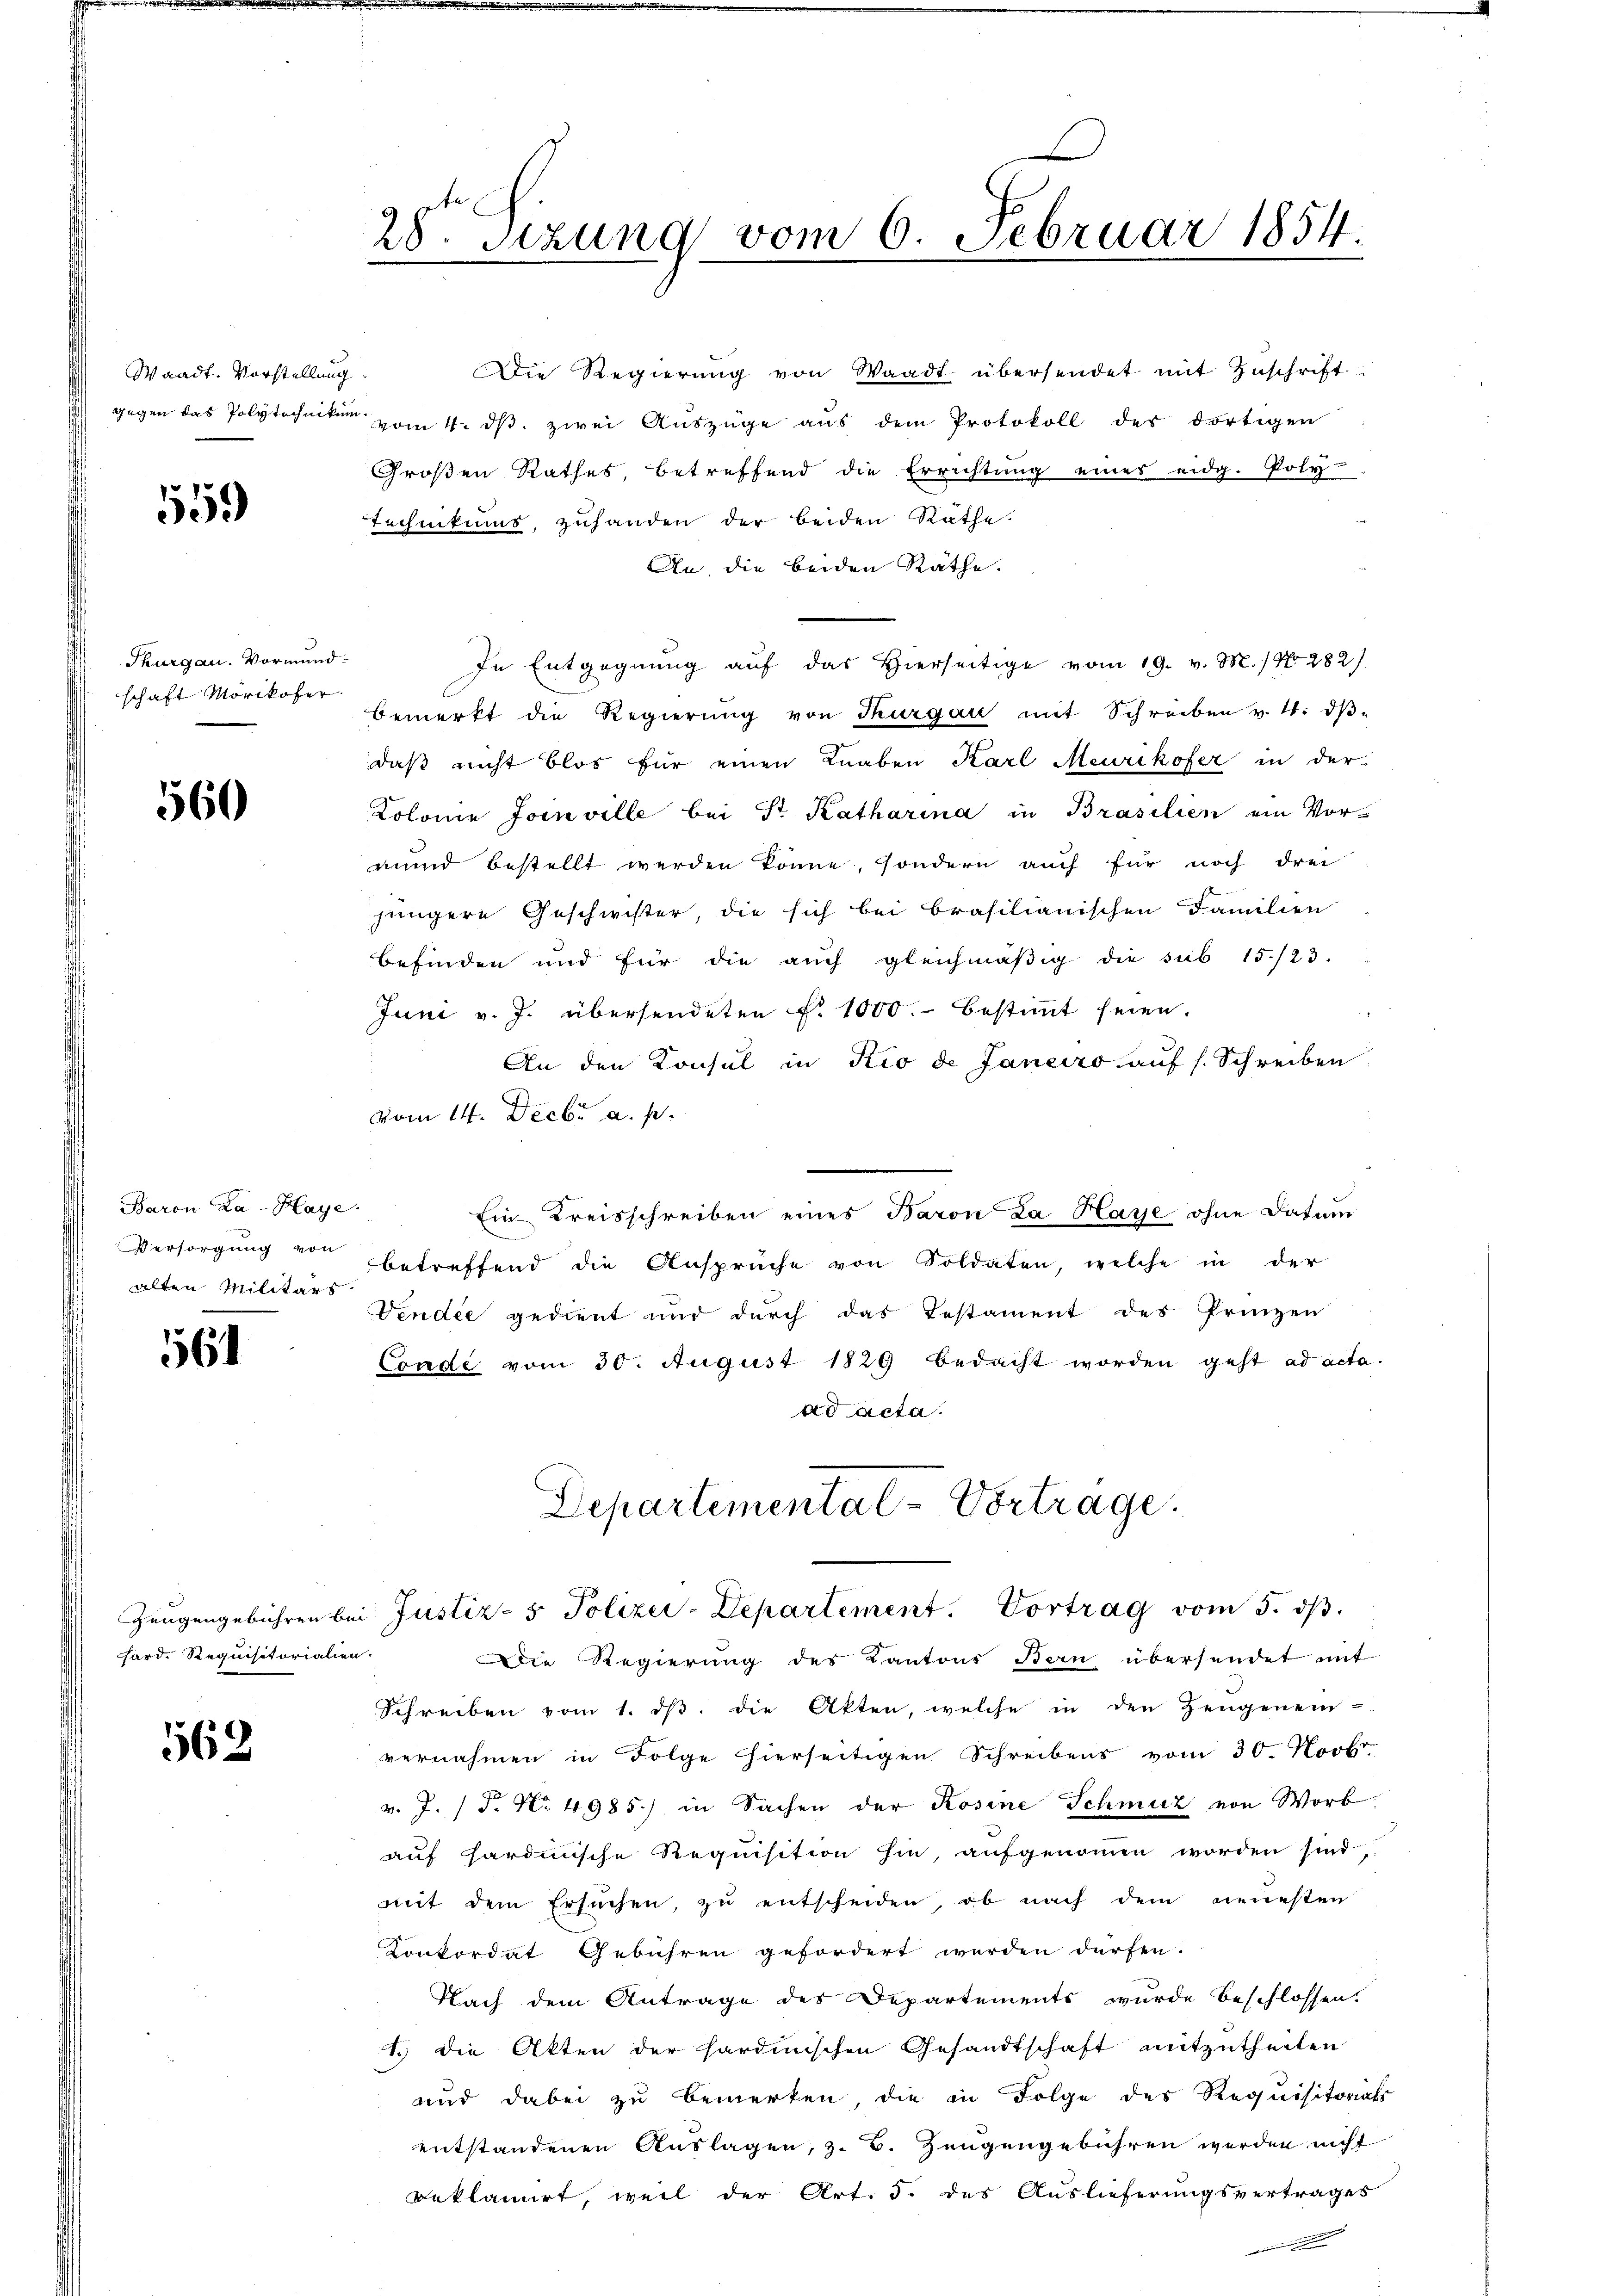
Waadt. Vorstellung

559

Thurgau. Vormund.
schaft Mörikofer

560

Baron La-Haye
alten Militärs

561

hard. Requisitorialien.

562.

Großen Rathes, betreffend die Errichtŭng eines eidg. Poly-
Technikums, zuhanden der beiden Räthe.
An die beiden Räthe.
In Entgegnung auf das Hierseitige vom 19. v. M.) No 282/
bemerkt die Regierŭng von Thurgau mit Schreiben v. 4. dβ-
daß nicht blos für einen Knaben Karl Meurikofer in der
Kolonie Jornville bei Sr. Katharina in Brasilien ein Vormund bestellt werden könne, sondern auch für noch drei
jüngere Geschwister, die sich bei Brasilianischen Familien
befinden und für die auch gleichmäßig die sub 15./23.
Juni v. J. übersendeten No. 1000.- bestimmt seien.
An den Konsul in Rio de Janeiro auf s. Schreiben
vom 14. Decbr a. p.
Ein Kreisschreiben eines Baron La Hasse ohne Datum
Versorgung von betreffend die Ansprüche von Soldaten, welche in der
Vendie gedient und durch das Testament des Prinzen
Conde vom 30. August 1829 bedacht worden geht ad acta.
ad acta.

28. Sizung vom 6. Februar 1854.

Die Regierung von Waadt übersendet mit Zuschrift
gegen das Polytechniken vom 4. ds. zwei Auszüge aus dem Protokoll des dortigen

Departemental-Vortrage.
Zeugengebühren bei Justiz- & Polizei-Departement. Vortrag vom 5. dβ.

Die Regierung des Kantons Bern übersendet mit
Schreiben vom 1. dβ. die Akten, welche in den Zeugenein-
vernahmen in Folge hierseitigen Schreibens vom 30. Novbr.
v. J. (T. N. 4985.) in Sachen der Rosine Schmutz von Worb
auf hardinische Requisition hin, aufgenommen worden sind,
mit dem Ersuchen, zŭ entscheiden, ob nach dem neuesten
Konkordat Gebühren gefordert werden dürfen.
Nach dem Antrage des Departements wurde beschlossen.
1.) Die Akten der sardinischen Gesandtschaft mitzutheilen
und dabei zu bemerken, die in Folge des Requisitoriats
entstandenen Auslagen, z. B. Zeugengebühren werden nicht
Reklamirt, weil der Art. 5. des Auslieferungsvertrages